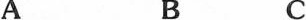
A B C